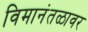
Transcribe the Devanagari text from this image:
विमानंतळावर